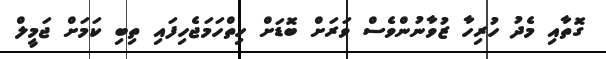
ގޮތާއި މެދު ހުރިހާ ޒުވާނުންވެސް ވަރަށް ބޮޑަށް ހިތްހަމަޖެހިފައި ތިބި ކަމަށް ޖަމީލް